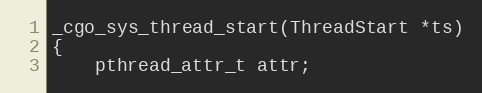
Language: C
_cgo_sys_thread_start(ThreadStart *ts)
{
	pthread_attr_t attr;